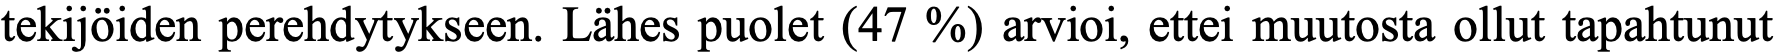
tekijöiden perehdytykseen. Lähes puolet (47 %) arvioi, ettei muutosta ollut tapahtunut